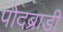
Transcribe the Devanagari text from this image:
पोदब्राडी